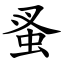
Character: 蚤